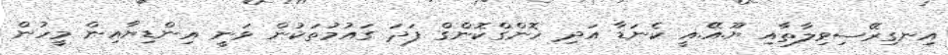
އިނގިރޭސިވިލާތާއި ޔޫ.އޭ.އީ ކެނަޑާ އަދި ހޮންގްކޮންގް ފަދަ ގައުމުތަކުން ވަނީ އިންޑިޔާއިން މީހުން